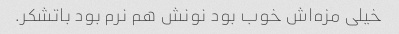
خیلی مزه‌اش خوب بود نونش هم نرم بود باتشکر.